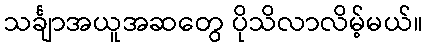
သင်္ချာအယူအဆတွေ ပိုသိလာလိမ့်မယ်။